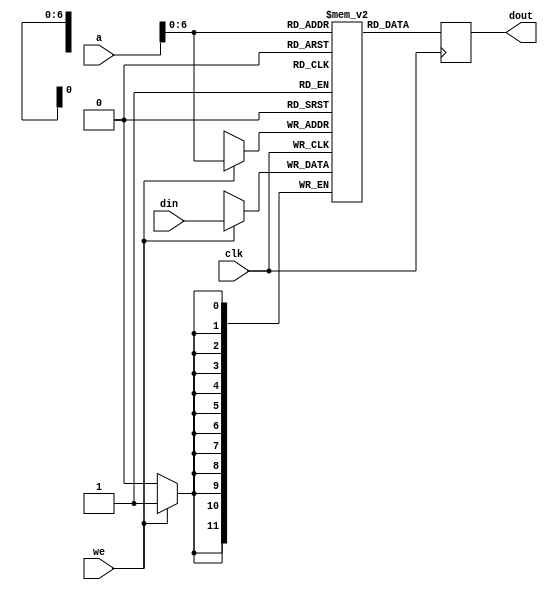
module ram_k051937_color(
    input      [ 7:0] a,
    input             clk,
    input      [11:0] din,
    input             we,
    output reg [11:0] dout
);

    reg [11:0] mem[0:127];

    always @(posedge clk) begin
        if(we) mem[a] <= din;
        dout <= mem[a];
    end

endmodule

module ram_k051937_shadow(
    input      [ 7:0] a,
    input             clk,
    input             din,
    input             we,
    output reg        dout
);

    reg [7:0] mem;

    always @(posedge clk) begin
        if(we) mem[a] <= din;
        dout <= mem[a];
    end

endmodule